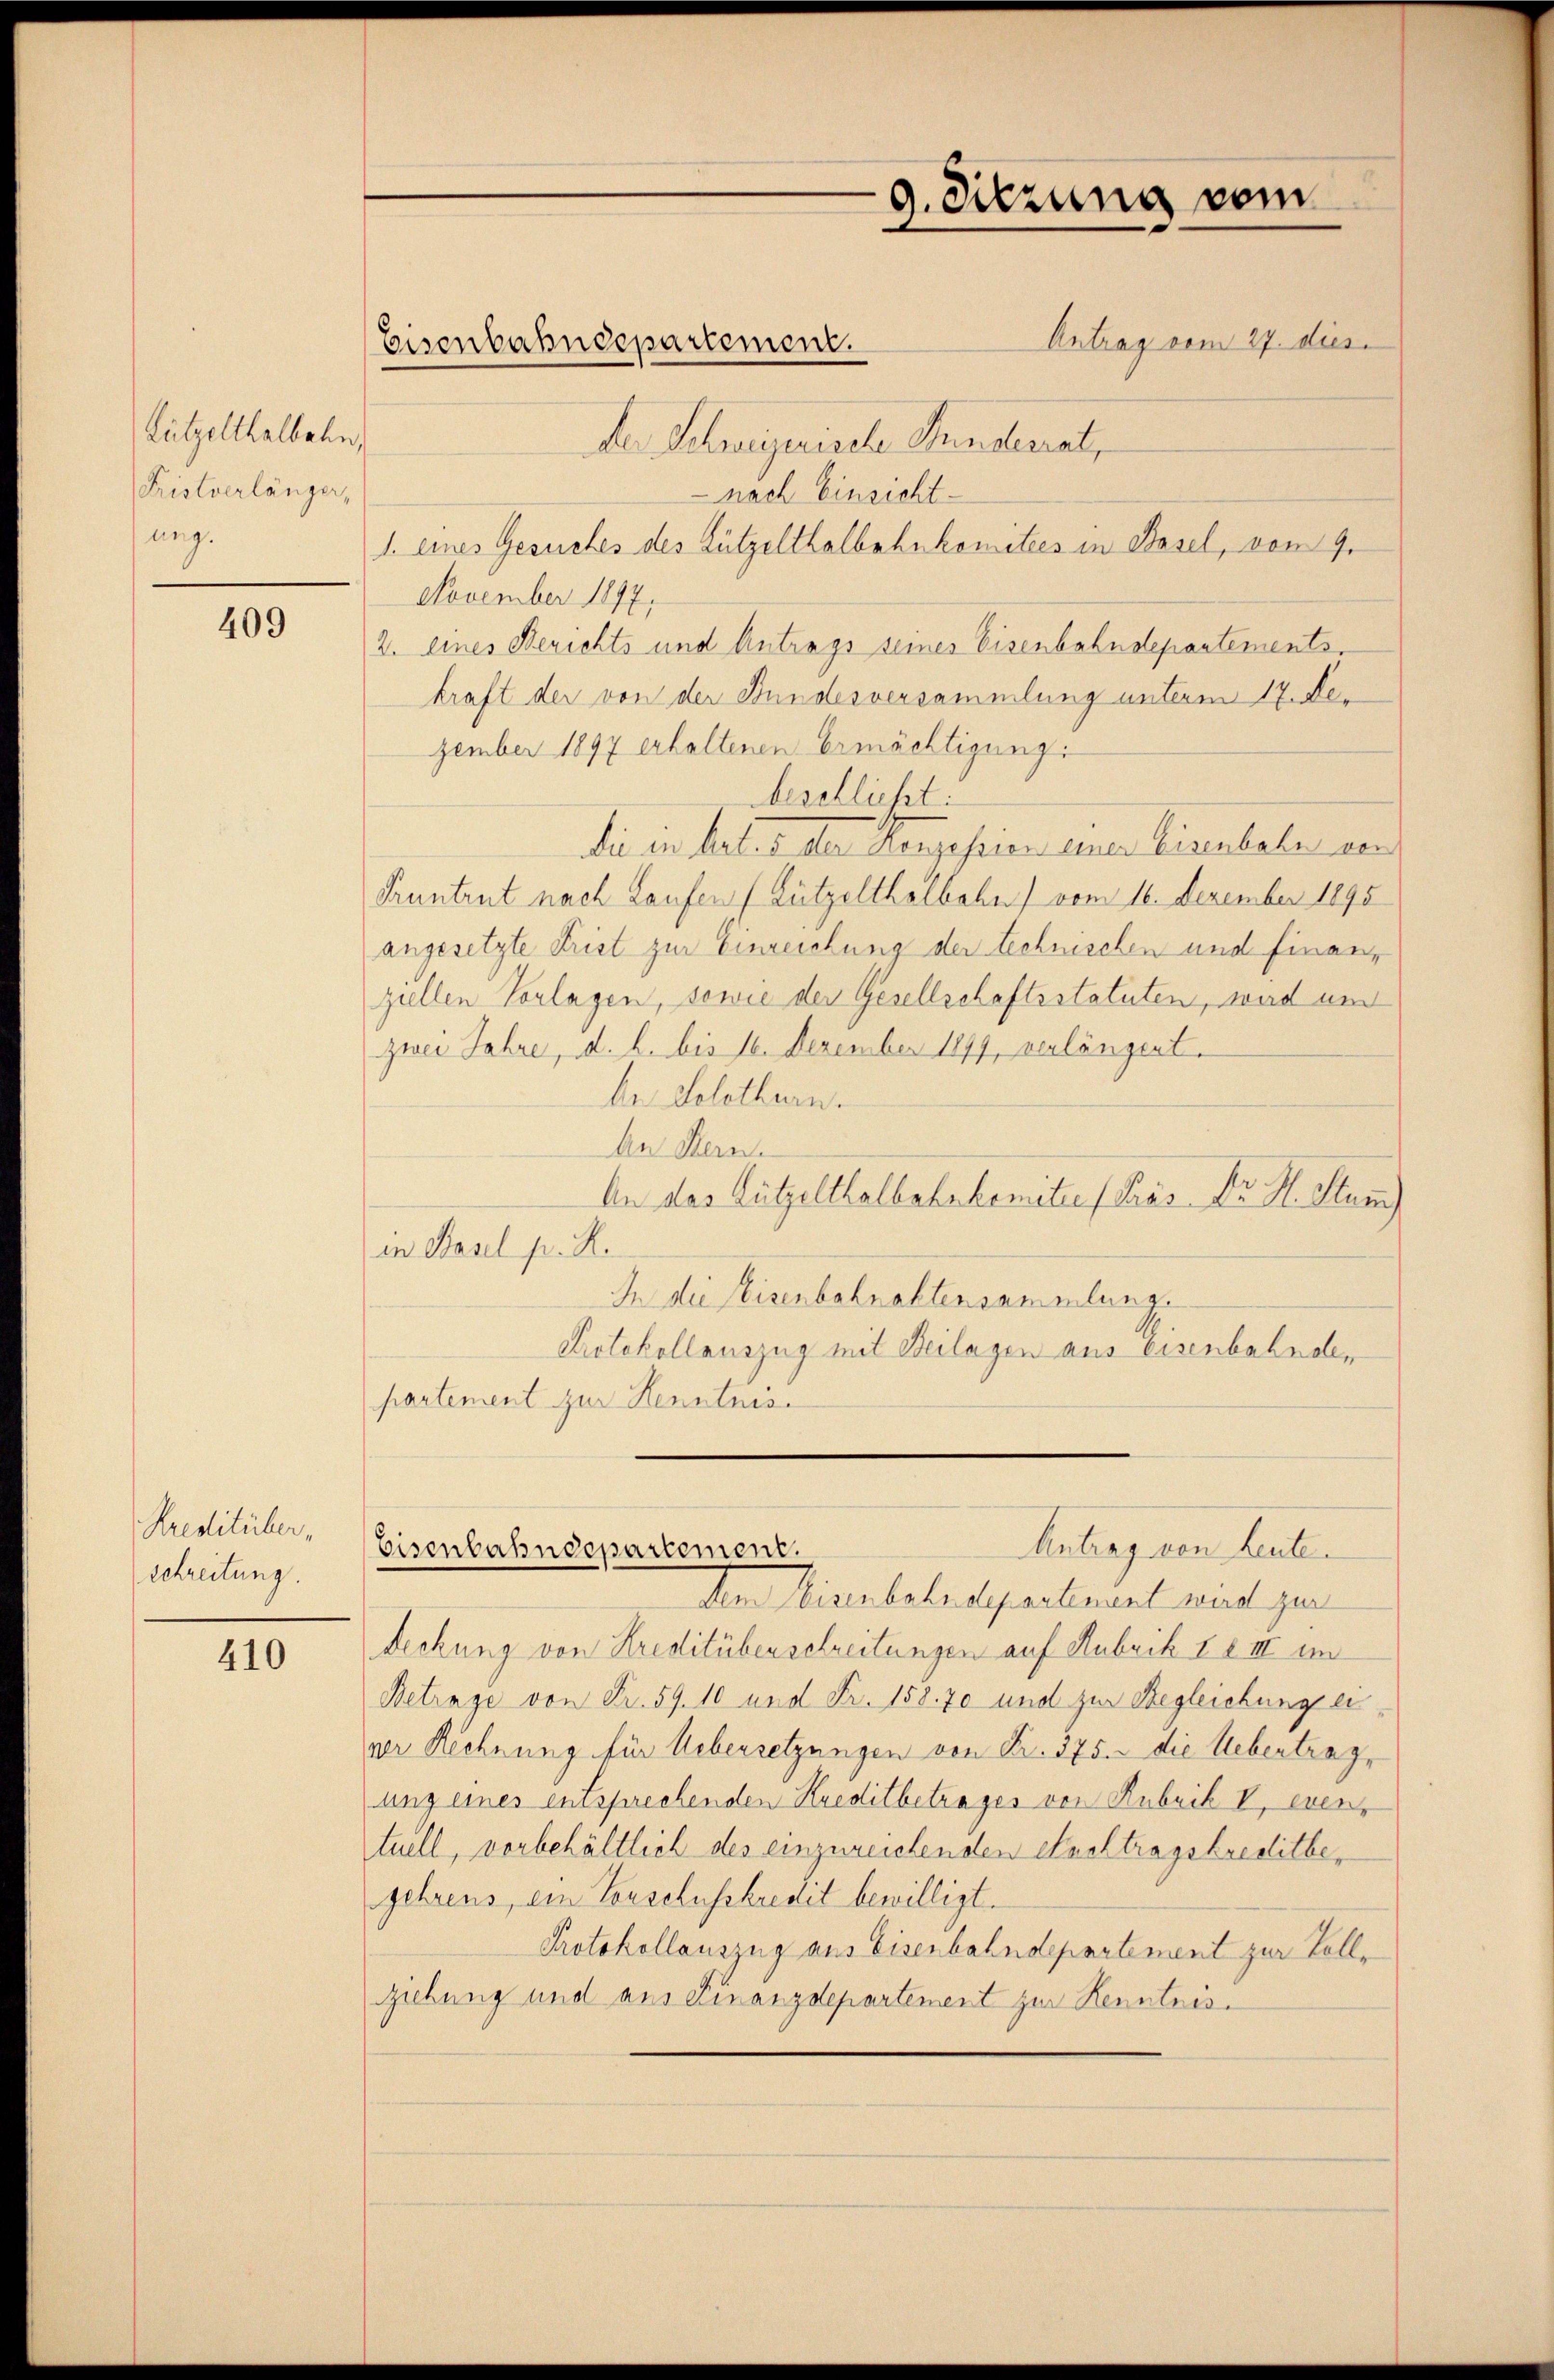
Lützelthalbahn,
Pristverlänger,
ung.

409

Kreditüber,
schreitung.

410

Antrag vom 27. dies
der Schweizerische Kunsterrat,
nach Einsicht
1. eines Gesuches des Lützelthalbahnkomitees in Basel, von 9.
November 1877.
2. eines Berichts und Antrags seines Eisenbahndepartementskraft der von der Bundesversammlung unterm 17. Dezember 1897 erhaltenen Ermächtigung
beschlicht.
die in haber den Konzesien einer Eisenbahn von
Pruntrut nach Laufen (Zützelthelbahn) vom 16. Dezember 1895
angesetzte Frist zur Einreichung der technischen und Finanz
ziellen Vorlagen, sowie der Gesellschaftsstatuten, wird und
zwei Jahre, d. h. bis 16. Dezember 1899, verlängent.
be Solothurn.
An Hern.
An das Lützelthalbahnkomitee (Prás Dr. H. Stun
in Basel p. R.
In die Eisenbahnaktensammlungs
Protokollauszug mit Beilagen aus Eisenbahnob,
partement zur Kenntnis.

Eisenbahndepartement.

9. Sitzung vom

Antrag von heute.
Eisenbahndepartement.

dem Eisenbahndepartement wird zur
Deckung von Kreditüberschreitungen auf Hubrik II III im
Betrage von Fr. 59. 10 und Fr. 158. 70 und zur Begleichung eiger Rechnung für Uebersetzungen von Fr. 375. die Uebertrag,
ung eines entsprechenden Kreditbetrages von Rubrik V, eventuell, vorbehältlich des einzureichenden Ausstragskreditbegehrens, ein Vorschusskredit bewilligt.
Protokollauszug aus Eisenbahndepartement zur Vollgibung und aus Finanzdepartement zur Kenntnis¬